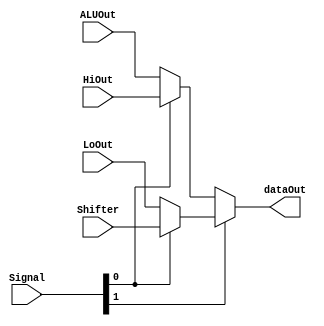
`timescale 1ns/1ns

module MUX_4to1( ALUOut, HiOut, LoOut, Shifter, Signal, dataOut );
  //
  input [31:0] ALUOut ;
  input [31:0] HiOut ;
  input [31:0] LoOut ;
  input [31:0] Shifter ;
  input [1:0] Signal ;

  output [31:0] dataOut ;

  assign dataOut = Signal[1] ? ( Signal[0] ? Shifter : LoOut ) : ( Signal[0] ? HiOut : ALUOut );

endmodule